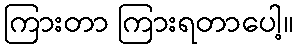
ကြားတာ ကြားရတာပေါ့။